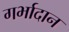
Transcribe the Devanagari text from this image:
गर्भादान